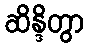
ဆိန္ဒိတွာ